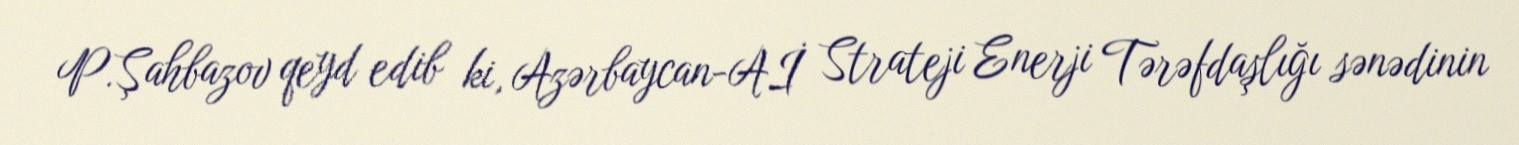
P.Şahbazov qeyd edib ki, Azərbaycan-Aİ Strateji Enerji Tərəfdaşlığı sənədinin